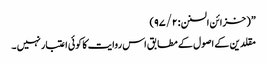
” ( خزائن السنن : ۹۷/۲)
مقلدین کے اصول کے مطابق اس روایت کا کوئی اعتبار نہیں ۔